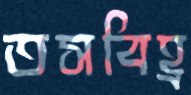
তসবিহ্র